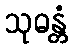
သုဓန္တံ